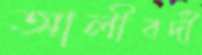
আলীবর্দী